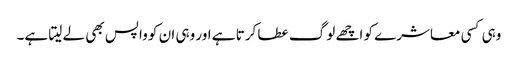
وہی کسی معاشرے کو اچھے لوگ عطا کرتا ہے اور وہی ان کو واپس بھی لے لیتا ہے۔